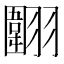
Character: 𱻤